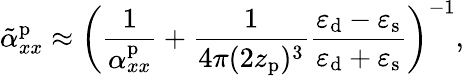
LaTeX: \tilde{\alpha}_{xx}^{\mathrm{p}}\approx\left(\frac{1}{\alpha_{xx}^{\mathrm{p}}}+\frac{1}{4\pi(2z_{\mathrm{p}})^{3}}\frac{\varepsilon_{\mathrm{d}}-\varepsilon_{\mathrm{s}}}{\varepsilon_{\mathrm{d}}+\varepsilon_{\mathrm{s}}}\right)^{-1},